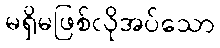
မရှိမဖြစ်လိုအပ်သော